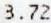
3.72